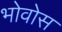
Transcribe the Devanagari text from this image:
भोवोस